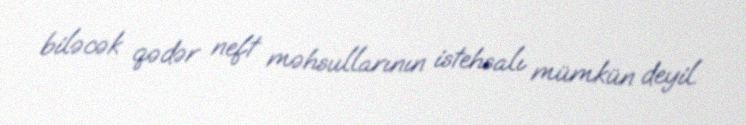
biləcək qədər neft məhsullarının istehsalı mümkün deyil.